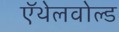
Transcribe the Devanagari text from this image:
ऍथेलवोल्ड